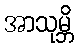
အာသုမ္ဘိ